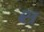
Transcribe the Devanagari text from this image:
ब्स्त्र